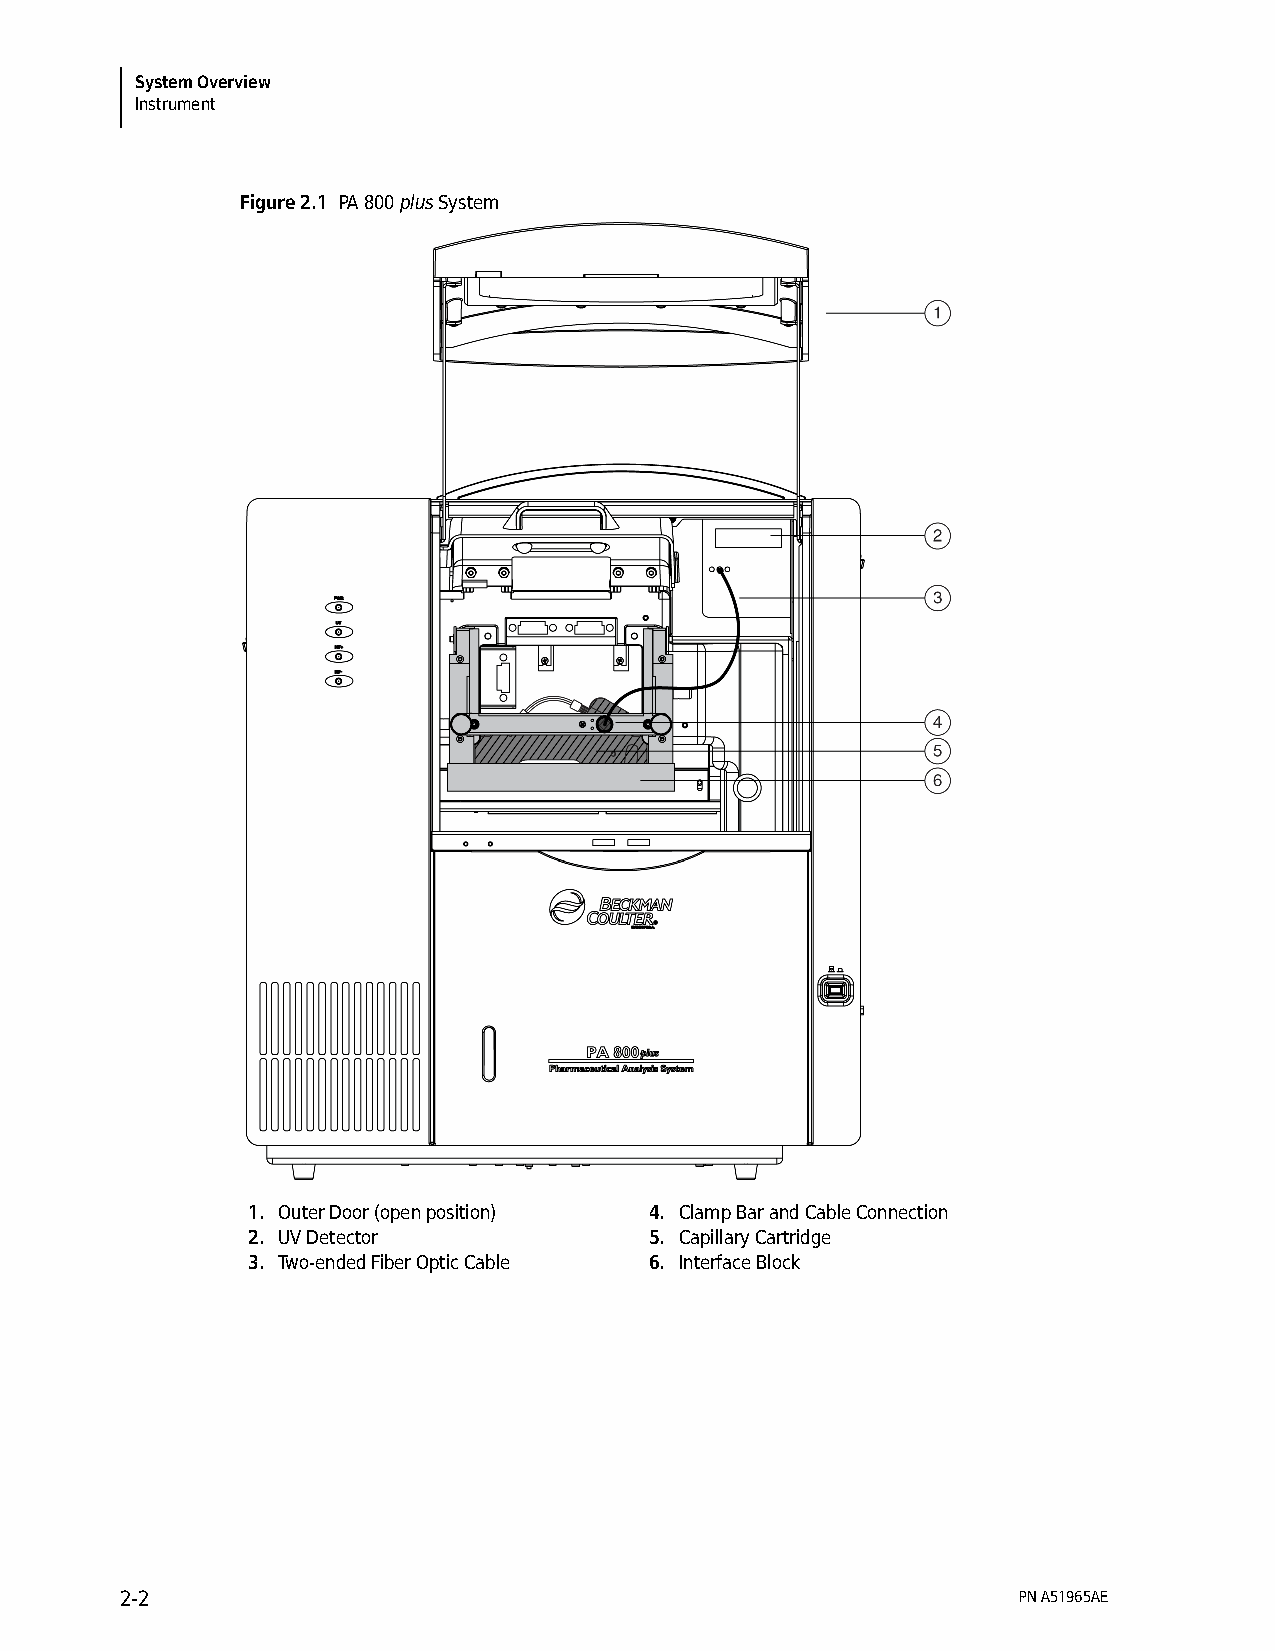
System Overview
 Instrument
 Figure 2.1 PA 800 plus System
 1. Outer Door (open position) 4. Clamp Bar and Cable Connection
 2. UV Detector             5. Capillary Cartridge
 3. Two-ended Fiber Optic Cable 6. Interface Block
 2-2                                                        PN A51965AE